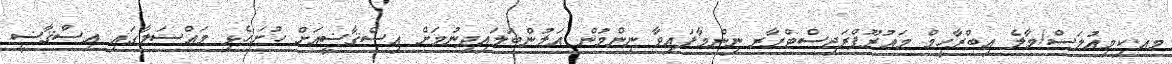
މއ.ކިމިއުލަސް/މާލެ އިބްރާހީމް މަޢުރޫފްރަޖިސްޓްރާރ ނިންމާފައިވާ ނިންމުން އަލުންބަލައިދިނުމަށް އިސްޤާޟީއަށް ހުށަހެޅި މައްސަލާގައި އިސްޤާޟީ